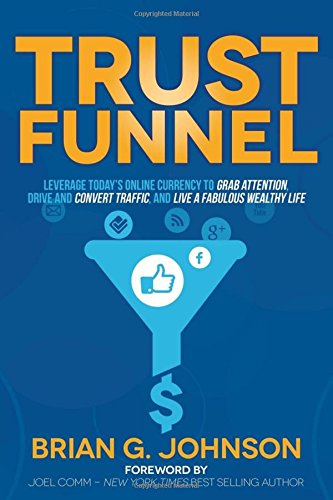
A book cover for Trust Funnel: Leverage Today's Online Currency to Grab Attention, Drive and Convert Traffic, and Live a Fabulous Wealthy Life; Brian G. Johnson; Computers & Technology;